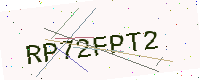
Text: RP72FPT2